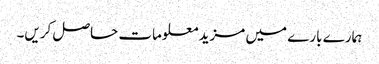
ہمارے بارے میں مزید معلومات حاصل کریں۔